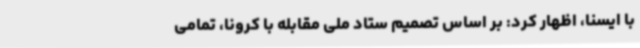
با ایسنا، اظهار کرد: بر اساس تصمیم ستاد ملی مقابله با کرونا، تمامی